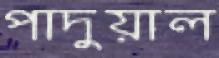
পাদুয়াল